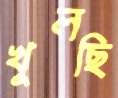
খুলছি